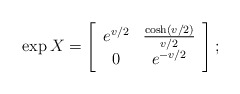
\begin{align*}\exp X =\left[\begin{array}{cc}e^{v/2} & {\cosh(v/2)\over v/2} \\ 0 &e^{-{v/2}}\end{array}\right]; \end{align*}